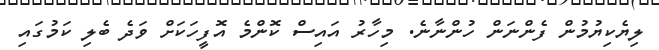
ލިޔެކިޔުމުން ފެންނަން ހުންނާނެ. މިހާރު އައިސް ކޮންމެ އޮފީހަކަށް ވަދެ ބެލި ކަމުގައި